Vaccination United Provinces of Agra and Oudh 1914-1922 - 1914-1922
Year: 1914
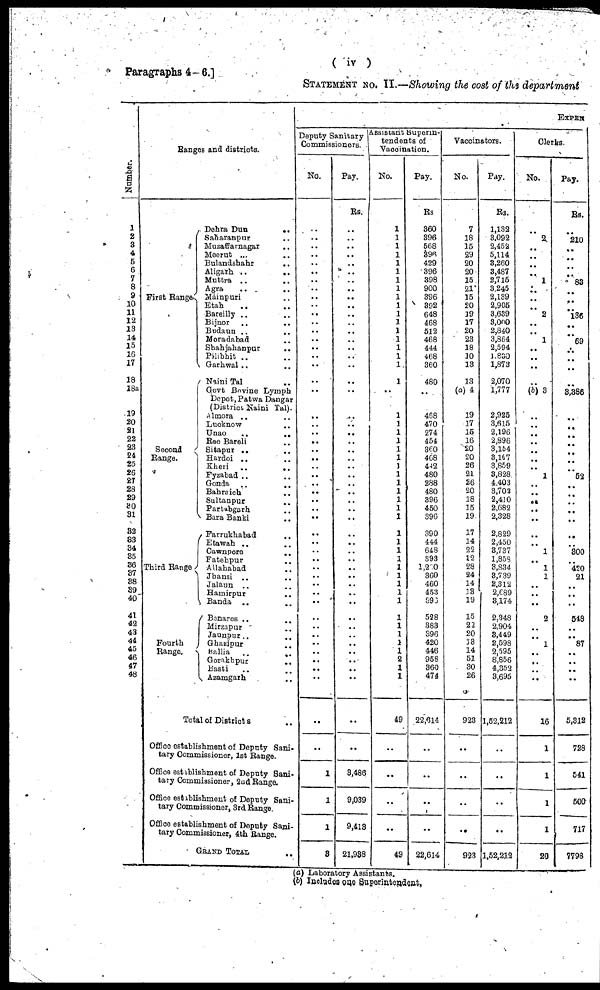
( iv )
Paragraphs 4—6.]
STATEMENT NO. II.—Showing the cost of the department
Number.
1
2
3 4
5
6
7
8
9
10
11
12
13
14
15
16
17
18
18a
19
20
21
22
23
24
25
26
27
28
29
30
31
32
33
34
35
36
37
38
39
40
41
42
43
44
45
46
47
48
Ranges and districts.
First Range.
Second
Range.
Third Range
Fourth
Range.
Dehra Dun
..
Saharanpur ..
Muzaffarnagar ..
Meerut ... ..
Bulandshahr ..
Aligarh ..
..
Muttra ..
..
Agra .. ..
Mainpuri ..
Etah .. ..
Bareilly .. ..
Bijnor .. ..
Budaun .. ..
Moradabad .. ..
Shahjahanpur ..
Pilibhit .. ..
Garhwal .. ..
Naini Tal ..
Govt Bovine Lymph
Depot, Patwa Danger
(District Naini Tal).
Almora .. ..
Lucknow ..
Unao
..
..
Rae Bareli ..
Sitapur .. ..
Hardoi .. ..
Kheri
.. ..
Fyzabad .. ..
Gonda .. ..
Bahraich ..
Sultanpur ..
Partabgarh ..
Bara Banki ..
Farrukhabad ..
Etawah .. ..
Cawnpore ..
Fatehpur ..
Allahabad ..
Jhansi .. ..
Jalaun .. ..
Hamirpur ..
Banda .. ..
Benares .. ..
Mirzapur ..
Jaunpur.. ..
Ghazipur ..
Ballia .. ..
Gorakhpur
..
Basti .. ..
Azamgarh
..
Total of Districts ..
Office establishment of Deputy Sani-
tary Commissioner, 1st Range.
Office establishment of Deputy Sani-
tary Commissioner, 2nd Range.
Office establishment of Deputy Sani-
tary Commissioner, 3rd Range
Office establishment of Deputy Sani-
tary Commissioner, 4th Range.
GRAND TOTAL ..
EXPEN
Deputy Sanitary
Commissioners.
No.
..
..
..
..
..
..
..
..
..
..
..
..
..
..
..
..
..
..
..
..
..
..
..
..
..
..
..
..
..
..
..
..
..
..
..
..
..
..
..
..
..
..
..
..
..
..
..
..
..
..
..
1
1
1
3
Pay.
Rs.
..
..
..
..
..
..
..
..
..
..
..
..
..
..
..
..
..
..
..
..
..
..
..
..
..
..
..
..
..
..
..
..
..
..
..
..
..
..
..
..
..
..
..
..
..
..
..
..
..
..
..
3,486
9,039
9,413
21,938
Assistant Superin¬
tendents of
Vaccination.
No.
..
1
1
1
1
1
1
1
1
1
1
1
1
1
1
1
1
1
1
1
1
1
1
1
1
1
1
1
1
1
1
1
1
1
1
1
1
1
1
1
1
1
1
1
1
1
2
1
1
49
..
..
..
..
49
Pay.
Rs
360
396
568
396
429
396
398
900
396
392
648
468
512
468
444
468
360
480
468
470
274
454
360
468
442
480
288
480
396
450
396
390
444
648
393
1,260
360
460
453
396
528
383
396
420
446
958
360
474
22,614
..
..
..
..
22,614
Vaccinators.
No.
7
18
15
29
20
20
15
21
15
20
19
17
20
23
18
10
13
13
(a) 4
19
17
15
16
20
20
26
21
26
20
18
15
19
17
14
22
12
28
24
14
13
19
15
22
20
18
14
51
30
26
923
..
..
..
..
923
Pay.
Rs.
1,132
3,092
2,452
5,114
3,260
3,487
2,715
3,245
2,139
2,905
3,639
3,000
2,840
3,864
2,594
1,830
1,873
2,070
1,777
2,925
3,615
2,196
2,896
3,154
3,167
3,859
3,828
4,403
3,702
2,410
2,682
2,328
2,829
2,450
3,737
1,858
3,834
3,739
2,312
2,689
3,174
2,348
2,904
3,449
2,599
2,595
8,856
4,352
3,695
1,52,212
..
..
..
..
1,52,212
Clerks.
No.
..
2
..
..
..
..
1
..
..
..
2
..
..
1
..
..
..
..
(b) 3
..
..
..
..
..
..
..
1
..
..
..
..
..
..
..
1
..
1
1
..
..
..
2
..
..
1
..
..
..
..
16
1
1
1
1
20
Pay.
Rs.
..
210
..
..
..
..
83
..
..
..
136
..
..
69
..
..
..
..
3,386
..
..
..
..
.. ..
..
52
..
..
..
..
..
..
..
300
..
420
21
..
..
..
548
..
..
87
..
..
..
..
5,312
728
541
500
717
7,798
(a) Laboratory Assistants.
(b) Includes one Superintendent.